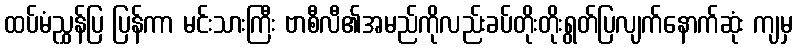
ထပ်မံညွှန်ပြ ပြန်ကာ မင်းသားကြီး ဗာစီလီ၏အမည်ကိုလည်းခပ်တိုးတိုးရွတ်ပြလျက်နောက်ဆုံး ကျမှ